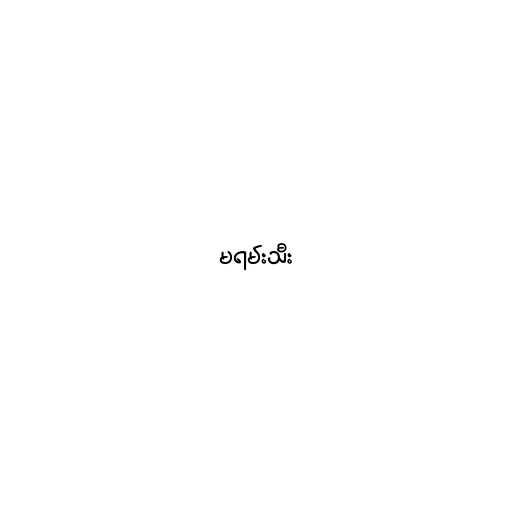
မရမ်းသီး